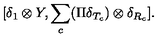
[ \delta _ { 1 } \otimes Y , \sum _ { c } ( \Pi \delta _ { T _ { c } } ) \otimes \delta _ { R _ { c } } ] .